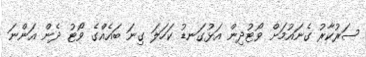
ސަރުކާރު ގެނައުމަށް ވޯޓުދިން އަޅުގަނޑު ކަހަލަ ގިނަ ބައެއްގެ ވޯޓު ދެން އަންނަ